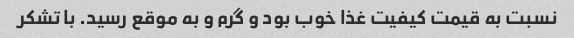
نسبت به قیمت کیفیت غذا خوب بود و گرم و به موقع رسید. با تشکر